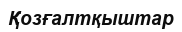
Қозғалтқыштар